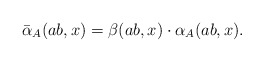
\begin{align*} \bar{\alpha}_A(ab, x)=\beta(ab, x) \cdot \alpha_{A}(ab, x).\end{align*}